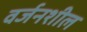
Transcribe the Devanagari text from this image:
वर्जनशील